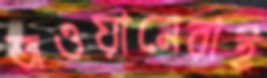
জওয়ানেরাই